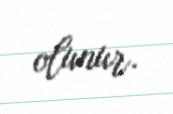
olunur.